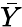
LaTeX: \bar{Y}